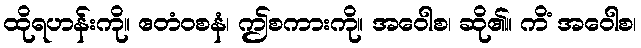
ထိုရဟန်းကို။ ဧတံဝစနံ၊ ဤစကားကို။ အဝေါစ၊ ဆို၏။ ကိံ အဝေါစ၊